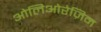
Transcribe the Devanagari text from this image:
ओलिओरेज़िन